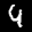
Label: 4